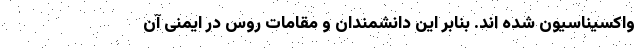
واکسیناسیون شده اند. بنابر این دانشمندان و مقامات روس در ایمنی آن